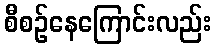
စီစဉ်နေကြောင်းလည်း